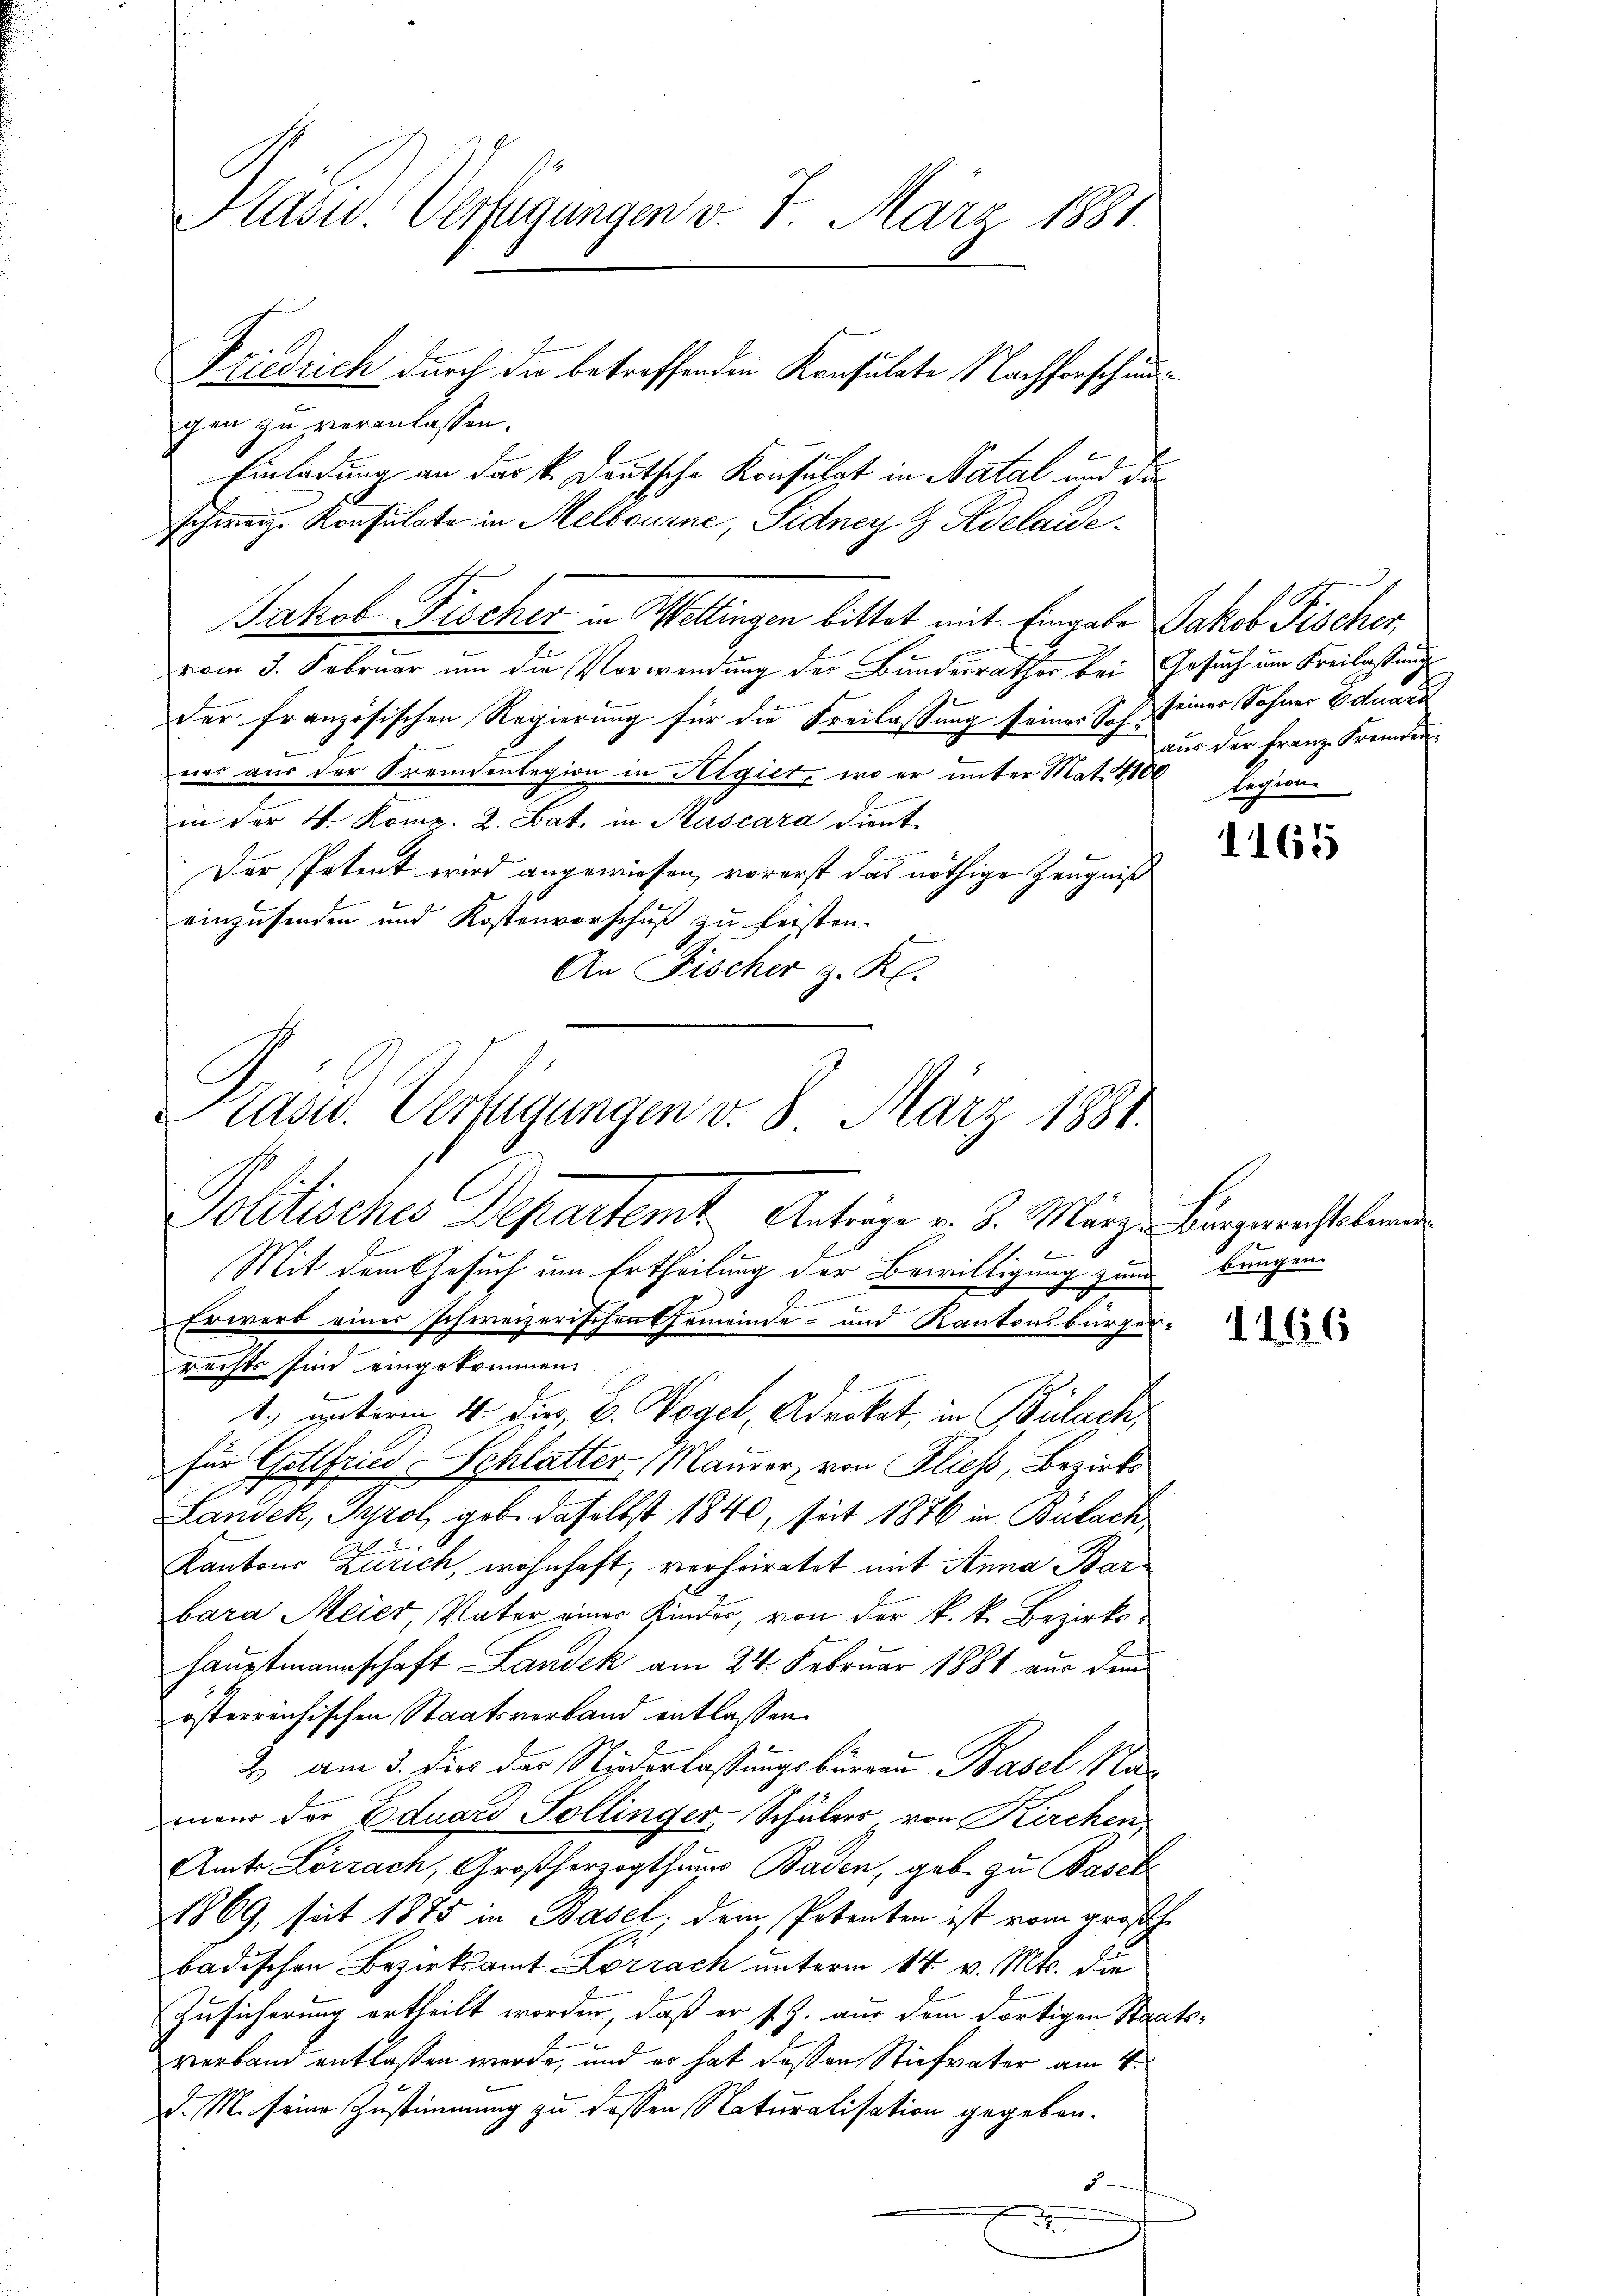
Präsid. Verfügungen v. 7. März 1881.
Friedrich durch die betreffenden Konsulate Nachforschun

gen zu veranlassen.
vom 3. Februar um die Vorwendung der Bundesrathes bei Gesuch um Freilassung
der französischen Regierung für die Freilassung seiner Soh seiner Sohner Eduard
ner aus der Fremdenlegion in Algier, wo er unter Mat. 1100 legione
in der 4. Komp. 2. Bat in Mascara dient
e
Der Petent wird angewiesen, vorerst das nöthige Zeugniß
einzusenden und Kostenvorschuß zu leisten.
An Fischer z. K.

Einladung an das k. Deutsche Konsulat in Natal und die
schweiz. Konsulate in Melbourne, Sidney Z Adelaide
Jakob Fischer in Wollingen bittet mit Eingabe Jakob Fischer

Kasw. Verfügungen v. 8. März 1881.
Politisches Departemt Anträge v. 3. März angerechtslein

Mit dem Gesuch um Ertheilung der Bewilligung zum bungen
Erwert einer schweizerischen Gemeinde- und Kantonsbürger
rechts sind eingekommen
., unterm 4. dir, B. Vogel, Advokat, in Bülach,
für Gottfried Schlatter, Maurer, von Fließ, Bezirks
Landek, Tyrol geb. daselbst 1840, seit 1876 in Bulach,
Kantons Zürich, wohnhaft, verheiratet mit Anna Barbara Meier, Vater einer Kinder, von der k. k. Bezirkshauptmannschaft Landek am 24. Februar 1881 aus dem
österreichischen Staatsverband entlassen.
2 am 3. dies der Niederlassungsburgau Basel Na-
mand der Eduard Sollinger Schülers von Kirchen
Amt Lörrach, Großherzogthums Baden, geb. zu Basel¬
1869, seit 1885 in Basel, dem Petenten ist vom großhe
badischen Bezirksamt Lörrach unterm 14. v. Mts. die
Zusicherung ertheilt worden, daß er s. Z. aus dem dortigen Staats-
verband entlassen werde, und er hat dessen Stiefvater am 4.
d. M. seine Zustimmung zu dessen Naturalisation gegeben.
.

aus der Franz Fremden

1165